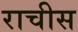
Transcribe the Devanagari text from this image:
राचीस